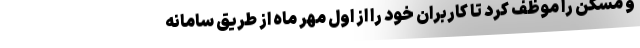
و مسکن را موظف کرد تا کاربران خود را از اول مهر ماه از طریق سامانه